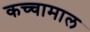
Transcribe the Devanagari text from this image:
कच्‍चामाल